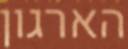
הארגון